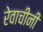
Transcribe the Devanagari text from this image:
रेवाचीनी